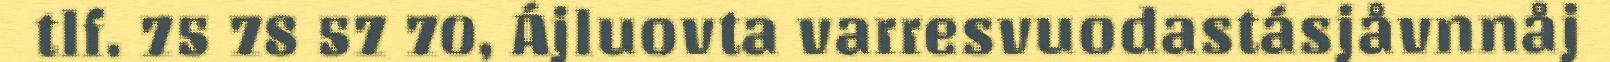
tlf. 75 78 57 70, Ájluovta varresvuodastásjåvnnåj